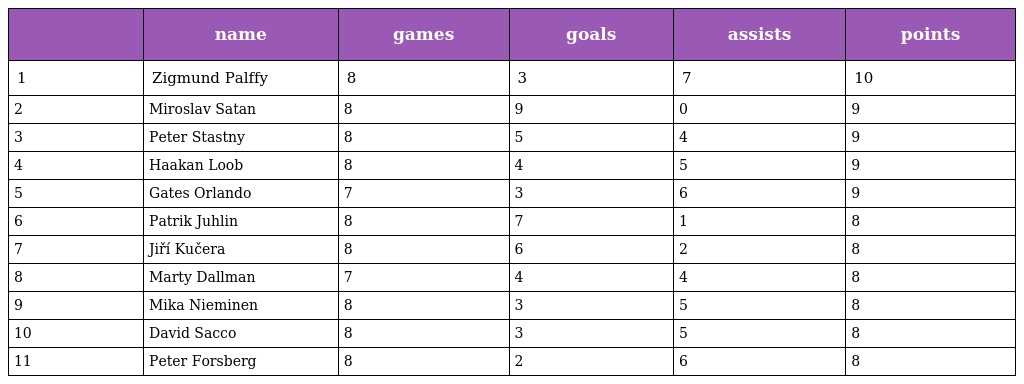
|  | name | games | goals | assists | points |
 | --- | --- | --- | --- | --- | --- |
 | 1 | Zigmund Palffy | 8 | 3 | 7 | 10 |
 | 2 | Miroslav Satan | 8 | 9 | 0 | 9 |
 | 3 | Peter Stastny | 8 | 5 | 4 | 9 |
 | 4 | Haakan Loob | 8 | 4 | 5 | 9 |
 | 5 | Gates Orlando | 7 | 3 | 6 | 9 |
 | 6 | Patrik Juhlin | 8 | 7 | 1 | 8 |
 | 7 | Jiří Kučera | 8 | 6 | 2 | 8 |
 | 8 | Marty Dallman | 7 | 4 | 4 | 8 |
 | 9 | Mika Nieminen | 8 | 3 | 5 | 8 |
 | 10 | David Sacco | 8 | 3 | 5 | 8 |
 | 11 | Peter Forsberg | 8 | 2 | 6 | 8 |